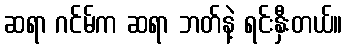
ဆရာ ဂင်မ်က ဆရာ ဘတ်နဲ့ ရင်းနှီးတယ်။